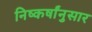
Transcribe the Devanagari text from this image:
निष्कर्षांनुसार